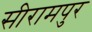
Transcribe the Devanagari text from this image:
सीरामपुर